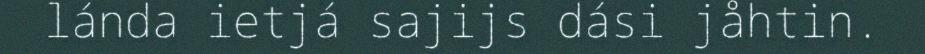
lánda ietjá sajijs dási jåhtin.